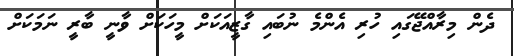
ދެން މިރާއްޖޭގައި ހުރި އެންމެ ނުބައި ގާޒީއަކަށް މީހަކަށް ވާނީ ބާރީ ނަމަކަށް